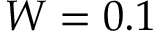
W = 0 . 1